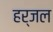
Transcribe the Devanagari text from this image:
हर्जल